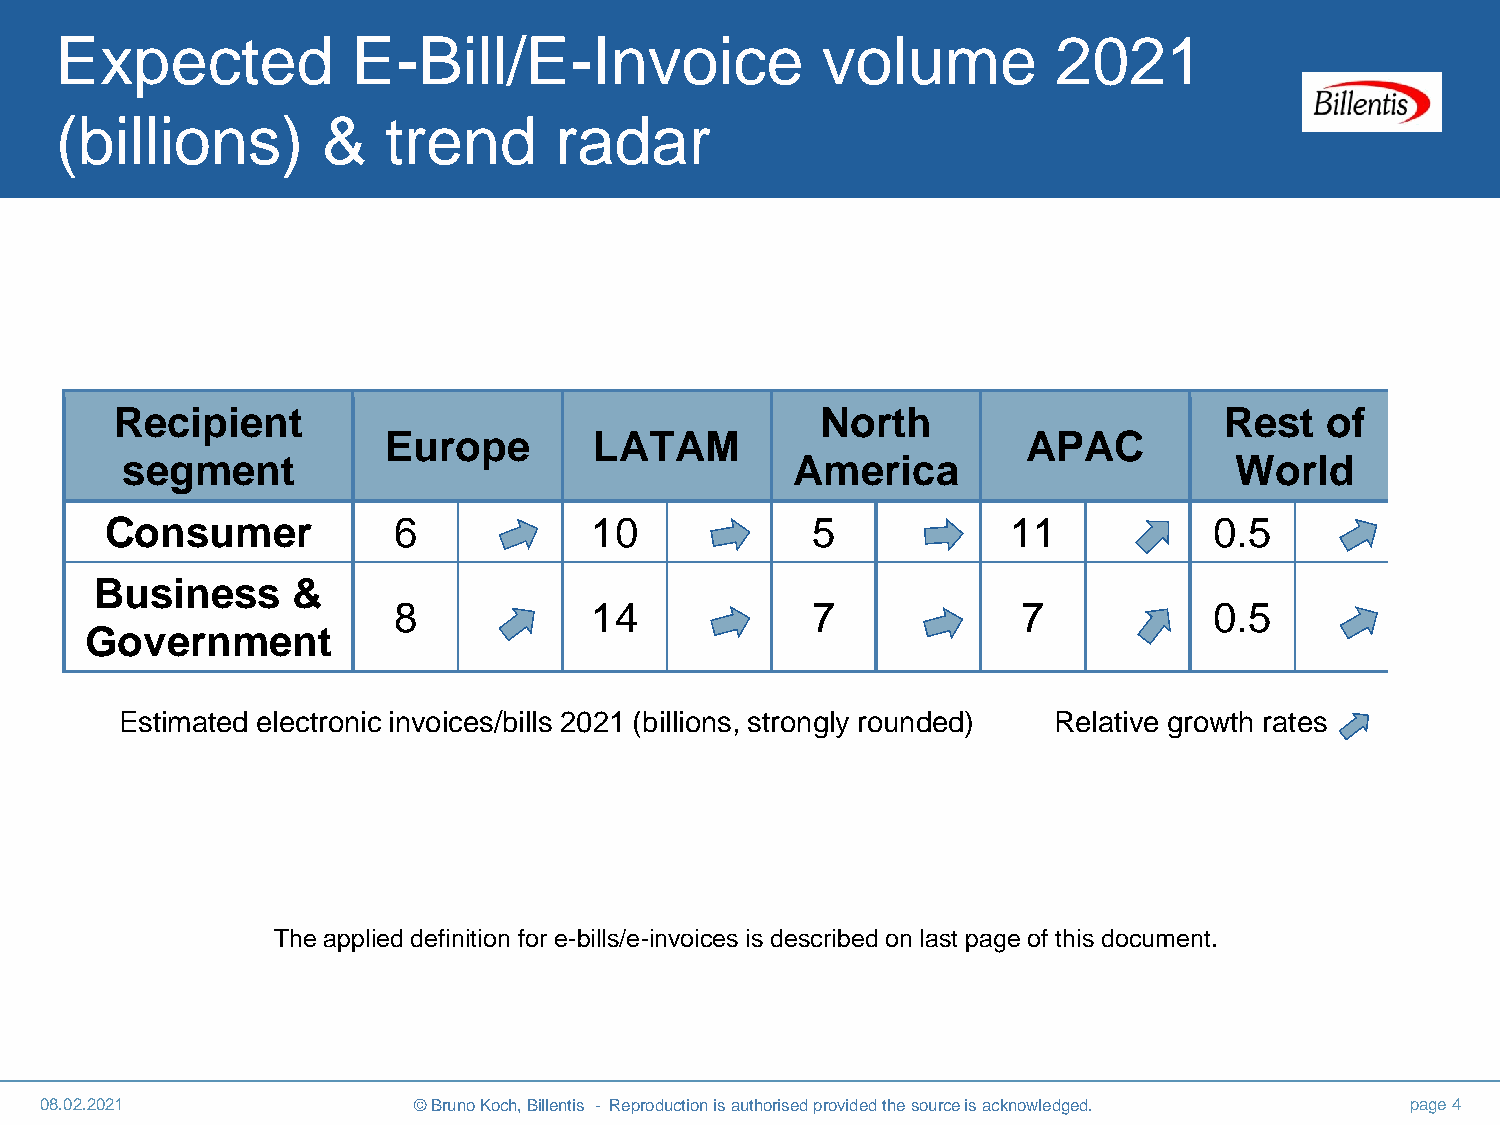
Expected           E-Bill/E-Invoice               volume          2021
 (billions)       &   trend       radar
 Recipient                                     North                      Rest   of
 Europe       LATAM                        APAC
 segment                                      America                      World
 Consumer           6            10             5            11           0.5
 Business     &
 8            14             7             7           0.5
 Government
 Estimated electronic invoices/bills 2021 (billions, strongly rounded) Relative growth rates
 The applied definition for e-bills/e-invoices is described on last page of this document.
 08.02.2021              © Bruno Koch, Billentis - Reproduction is authorised provided the source is acknowledged. page 4